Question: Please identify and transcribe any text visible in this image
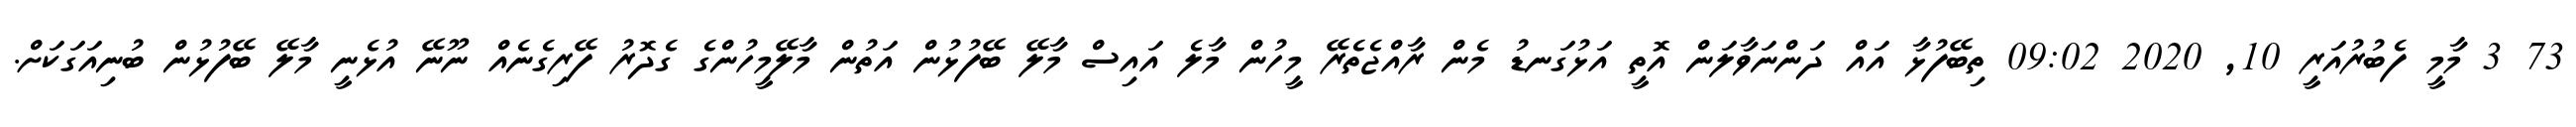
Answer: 73 3 މާމީ ފެބުރުއަރީ 10, 2020 09:02 ތިބޭފުޅާ އައް ދަންނަވާލަން އޮތީ އަޅުގަނޑު މެން ރާއްޖެތެރޭ މީހުން މާލެ އައިސް މާލޭ ބޭފުޅުން އަތުން މާލޭމީހުންގެ ގެދޮރު ފޭރިގެނެއް ނޫނޭ އުޅެނީ މާލޭ ބޭފުޅުން ބުނިއަގަކަށް.